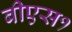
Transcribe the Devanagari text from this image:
बीएस१